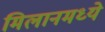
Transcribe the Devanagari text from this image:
मिलानमध्ये